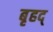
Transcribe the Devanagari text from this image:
बृहद्‌